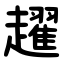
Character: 趯